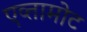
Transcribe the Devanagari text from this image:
एव्तामोट